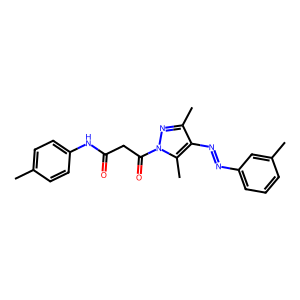
SMILES: Cc1ccc(NC(=O)CC(=O)n2nc(C)c(N=Nc3cccc(C)c3)c2C)cc1
Inhibits HIV replication: No